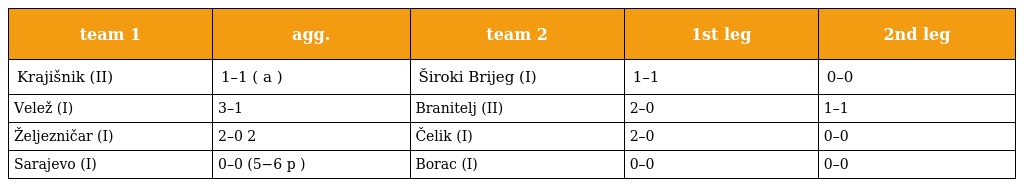
| team 1 | agg. | team 2 | 1st leg | 2nd leg |
 | --- | --- | --- | --- | --- |
 | Krajišnik (II) | 1–1 ( a ) | Široki Brijeg (I) | 1–1 | 0–0 |
 | Velež (I) | 3–1 | Branitelj (II) | 2–0 | 1–1 |
 | Željezničar (I) | 2–0 2 | Čelik (I) | 2–0 | 0–0 |
 | Sarajevo (I) | 0–0 (5−6 p ) | Borac (I) | 0–0 | 0–0 |